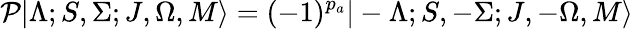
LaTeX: \mathcal{P}|\Lambda;S,\Sigma;J,\Omega,M\rangle=(-1)^{p_{a}}|-\Lambda;S,-\Sigma;J,-\Omega,M\rangle